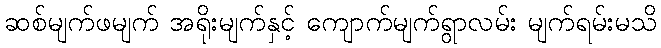
ဆစ်မျက်ဖမျက် အရိုးမျက်နှင့် ကျောက်မျက်ရွာလမ်း မျက်ရမ်းမသိ